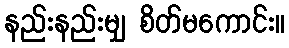
နည်းနည်းမျှ စိတ်မကောင်း။